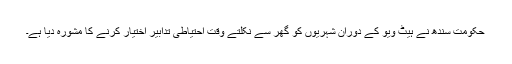
حکومت سندھ نے ہیٹ ویو کے دوران شہریوں کو گھر سے نکلتے وقت احتیاطی تدابیر اختیار کرنے کا مشورہ دیا ہے۔